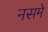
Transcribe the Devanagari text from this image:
नसमे